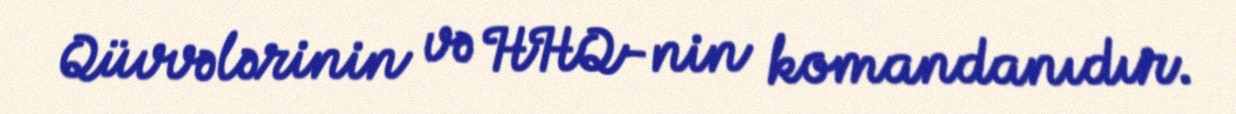
Qüvvələrinin və HHQ-nin komandanıdır.